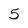
Character: 5